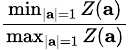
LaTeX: \begin{array}{r}{\frac{\operatorname*{min}_{|\mathbf{a}|=1}Z(\mathbf{a})}{\operatorname*{max}_{|\mathbf{a}|=1}Z(\mathbf{a})}}\end{array}